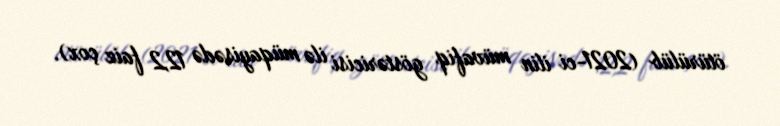
ötürülüb (2021-ci ilin müvafiq göstəricisi ilə müqayisədə 12,2 faiz çox).